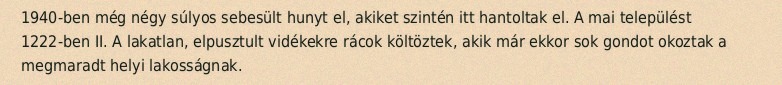
1940-ben még négy súlyos sebesült hunyt el, akiket szintén itt hantoltak el. A mai települést 1222-ben II. A lakatlan, elpusztult vidékekre rácok költöztek, akik már ekkor sok gondot okoztak a megmaradt helyi lakosságnak.